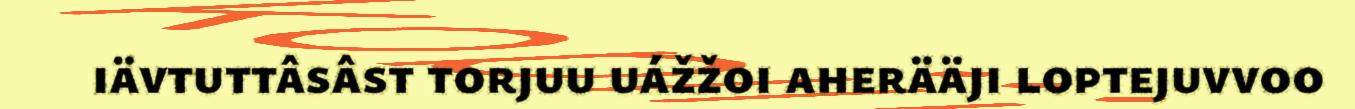
iävtuttâsâst torjuu uážžoi aherääji loptejuvvoo